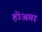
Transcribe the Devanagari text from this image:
होअगा